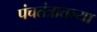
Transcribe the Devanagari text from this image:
पंचतंत्रातल्या